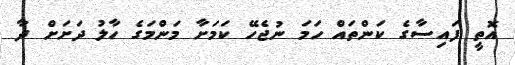
އޮތީ ފައިސާގެ ކަންތައް ހަމަ ނުޖެހޭ ކަމަށާ މަންމަގެ ހާލު ދަށަށް ދާ